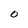
Character: O